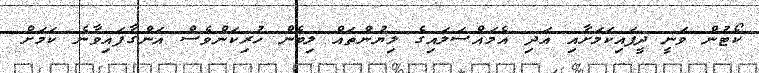
ކޯޓުން ވަނީ ދީފައިކަމަށާއި އަދި އެމައްސަލައިގެ ލިޔުންތައް ލިބެން ހުރިކަންވެސް އަންގާފައިވާނެ ކަމަށް